King Institute of Preventive Medicine Micro-Biological Section reports 1909-11
Year: 1909
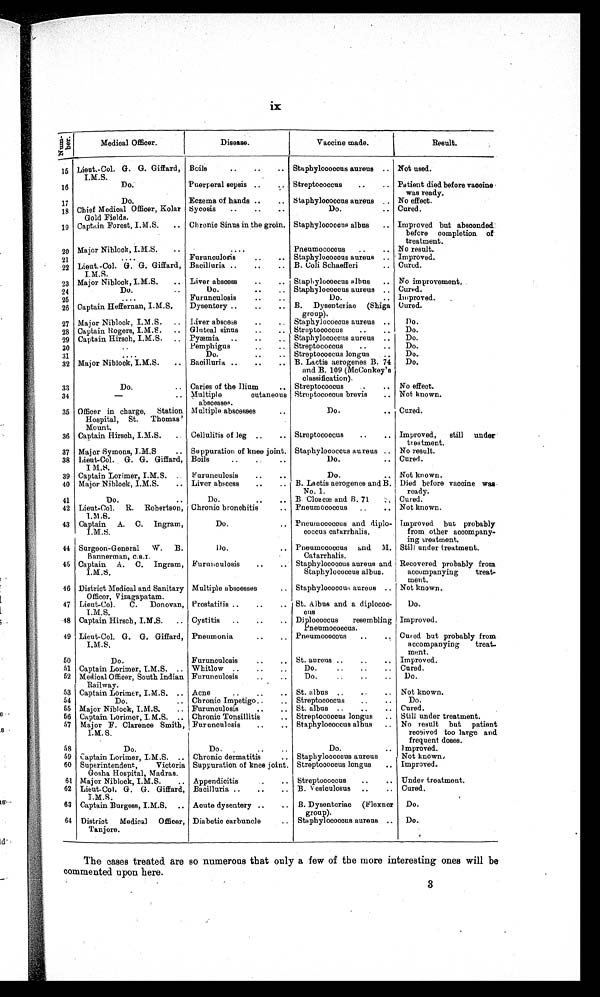
ix
Number.
Medical Officer.
Disease.
Vaccine made.
Result.
15 Lieut.-Col. G. G. Giffard,
I.M.S.
Boils
..
..
.. Staphylococcus aureus .. Not used.
16
Do.
Puerperal sepsis ..
.. Streptococcus
..
.. Patient died before vaccine
was ready.
17
Do.
Eczema of hands ..
.. Staphylococcus aureus
No effect.
18 Chief Medical Officer, Kolar
Gold Fields.
Sycosis
..
• •
.
Do.
.. Cured.
19 Captain Forest, I.M.S.
.. Chronic Sinus in the groin. Staphylococcus albus
.. Improved but absconded
before completion of
treatment.
20 Major Niblock, I. M. S.
..
•
Pneumococcus
..
.. No result.
21
...
Furunculosis
..
.. Staphylococcus aureus .. Improved.
22 Lieut.-Col. G. G. Giffard,
I.M.S.
Bacilluria ..
..
.. B. Coli Schaefferi
.. Cured.
23 Major Niblock, I.M.S.
.. Liver abscess
..
.. Staphylococcus albus
.. No improvement.
24
Do. ..
Do.
..
.. Staphylococcus aureus .. Cured.
25
• • •
Furunculosis
..
..
Do.
.. Improved.
26 Captain Heffernan, I.M.S.
Dysentery ..
..
.. B. Dysenteriae (Shiga
group).
Cured.
27 Major Niblock, I.M.S.
.. Liver abscess
..
. . Staphylococcus aureus ..
Do.
28 Captain Rogers, I.M.S.
.. Gluteal sinus
..
.. Streptococcus
..
..
Do.
29 Captain Hirsch, I.M.S.
.. Pyæmia .. .. ..
Staphylococcus aureus ..
Do.
30
• •
Pemphigus
..
.. Streptococcus
..
..
Do.
31
....
Do.
..
.. Streptococcus longus
..
Do.
32 Major Niblock, I.M.S.
.. Bacilluria ..
..
.. B. Lactis aerogenes B. 74
and B. 109 (McConkey's
classification).
Do.
33
Do.
.. Caries of the Ilium
.. Streptococcus
..
.. No effect.
34
—
..
Multiple
cutaneous
abscesses.
Streptococcus brevis
.. Not known.
35 Officer in charge,
Station
Hospital, St.
Thomas'
Mount.
Multiple abscesses..
.. Cured.
36 Captain Hirsch, I.M.S.
Cellulitis of leg ..
.. Streptococcus
..
.. Improved,
still under
treatment.
37 Major Symons, I.M.S
.. Suppuration of knee joint. Staphylococcus aureus .. No result.
38 Lieut-Col. G. G. Giffard,
I M.S.
Boils.. .
.
..
Do. .. Cured.
39 Captain Lorimer, I.M.S.
Furunculosis
..
..
Do.
.. Not known.
40 Major Niblock, I.M.S.
.. Liver abscess
..
.. B. Lactis aerogenes and B.
No. 1.
Died before vaccine was
ready.
41
Do. ..
Do.
..
.. B. Cloacæ and B. 71
Cured
42 Lieut-Col. R. Robertson,
I.M.S.
Chronic bronchitis
.. Pneumococcus
..
.. Not known.
43 Captain A. C. Ingram,
I . M . S .
Do.
.. Pneumococcus and diplo-
coccus catarrhalis.
Improved but probably
from other accompany-
ing treatment.
44 Surgeon-General
W.
B.
Bannerman, C.S.I.
Do.
.. Pneumococcus and M.
Catarrhalis.
Still under treatment.
45 Captain A. C. Ingram,
I.M.S,
Furunculosis
..
.. Staphylococcus aureus and
Staphylococcus albus.
Recovered probably from
accompanying
treat-
ment.
46 District Medical and Sanitary
Officer, Vizagapatam.
Multiple abscesses
.. Staphylococcus aureus .. Not known.
47 Lieut-Col .
C.
Donovan,
I.M.S.
Prostatit is ..
..
. . St. A lbus and a diplococ-
c u s
Do.
48 Captain Hirsch, I.M.S.
.. Cystitis
..
..
.. Diplococcus
resembling
Pneumococcus.
Improved.
49 Lieut-Col. G. G. Giffard,
I . M. S.
Pneumonia
..
.. Pneumococcus
..
Cured but probably from
accompanying
treat-
ment.
50
Do.
Furunculosis
..
, • St. aureus ..
..
.. Improved.
51 Captain Lorimer, I.M.S. .. Whitlow ..
..
..
Do .
..
..
..
Cured.
52 Medical Officer, South Indian
Railway.
Furunculosis
..
..
Do.
..
..
..
Do.
53 Captain Lorimer, I.M.S. .. Acne
..
..
.. St. albus ..
..
. . Not known.
54
Do.
.. Chronic Impetigo ...
.. Streptococcus
..
..
Do.
55 Major Niblock, I. M.S.
.. Furunculosis
..
.. St. albus ..
..
.. Cured.
56 Captain Lorimer, I.M.S. .. Chronic Tonsillitis
.. Streptococcus longus
.. Still under treatment.
57 Major F. Clarence Smith,
I. M. S.
Furuncul osis
..
.. Staphylococcus albus
.. No result but patient
received too large and
frequent doses.
58
Do.
Do...
..
Do.
..
Improved.
59 Captain Lorimer, I.M.S. .. Chronic dermatitis
.. Staphylococcus aureus
Not known.
60 Superintendent,
Victoria
Gosha Hospital, Madras.
Suppuration of knee joint. Streptococcus longus
Improved.
61 Major Niblock, I.M.S.
.. Appendicitis
.. Streptococcus
..
.. Under treatment.
62 Lieut-Col. G. G. Giffard,
I.M.S.
,Bacilluria ..
..
.. B. V esiculosus ..
.. Cured.
63 Captain Burgess, I.M.S.
..
Acute dysentery ..
.. B. Dysenteriae (Flexner
group).
Do.
64 District
Medical Officer,
Tanjore.
Diabetic carbuncle
.. Staphylococcus aureus ..
Do.
The cases treated are so numerous that only a few of the more interesting ones will be
commented upon here.
3